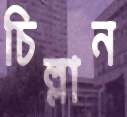
চিল্লান